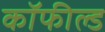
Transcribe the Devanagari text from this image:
कॉफील्ड